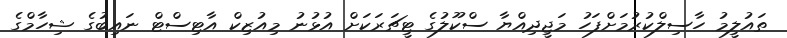
ތައުލީމު ހާސިލްކުރުމަށްފަހު މަޖީދިއްޔާ ސްކޫލުގެ ޓީޗަރަކަށް އުޅުނު މިއުޒިކް އާޓިސްޓް ނައިބުގެ ޝިހާމްގެ